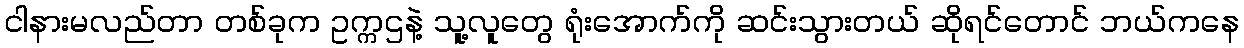
ငါနားမလည်တာ တစ်ခုက ဥက္ကဌနဲ့ သူ့လူတွေ ရုံးအောက်ကို ဆင်းသွားတယ် ဆိုရင်တောင် ဘယ်ကနေ